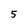
Character: 5